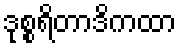
ဒုစ္စရိတာဒိကထာ